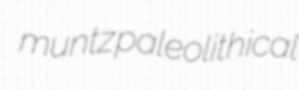
muntz paleolithical